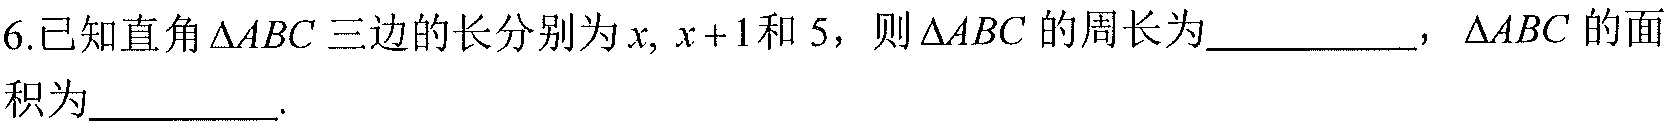
6.已知直角\(\triangle ABC\)三边的长分别为\(x,x + 1\)和\(5\)，则\(\triangle ABC\)的周长为__________，\(\triangle ABC\)的面积为__________.